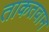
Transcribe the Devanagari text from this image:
ताकतवान